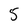
Character: 5